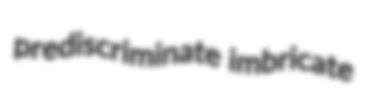
prediscriminate imbricate